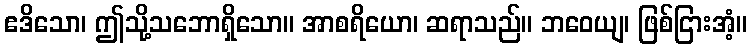
ဧဒိသော၊ ဤသို့သဘောရှိသော။ အာစရိယော၊ ဆရာသည်။ ဘဝေယျ၊ ဖြစ်ငြားအံ့။